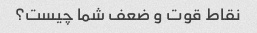
نقاط قوت و ضعف شما چیست؟